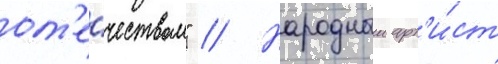
от'е́чеством" // Народныи арт'и́ст